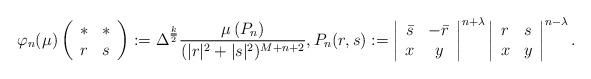
LaTeX: \begin{align*}\varphi_n(\mu)\left(\begin{array}{cc}\ast&\ast\\r&s\end{array}\right):=\Delta^{\frac{\underline{k}}{2}}\frac{\mu\left(P_n\right)}{(|r|^2+|s|^2)^{M+n+2}},P_n(r,s):=\left|\begin{array}{cc}\bar s&-\bar r\\x&y\end{array}\right|^{n+\lambda}\left|\begin{array}{cc} r&s\\x&y\end{array}\right|^{n-\lambda}.\end{align*}